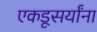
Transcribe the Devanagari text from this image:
एकडूसर्यांना